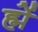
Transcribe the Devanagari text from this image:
ह्में